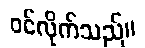
ဝင်လိုက်သည်။